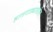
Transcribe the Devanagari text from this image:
हातगाड्यावरील